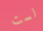
لست